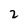
Character: 2